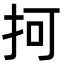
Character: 抲